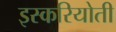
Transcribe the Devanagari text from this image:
इस्करियोती